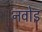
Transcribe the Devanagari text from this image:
नवोइ